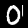
Label: 0